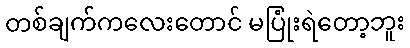
တစ်ချက်ကလေးတောင် မပြုံးရဲတော့ဘူး